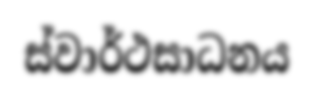
ස්වාර්ථසාධනය